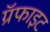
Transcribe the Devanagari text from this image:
ग्रॅफाइट